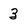
Character: 3